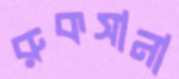
রুকসানা